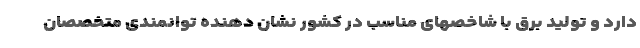
دارد و تولید برق با شاخصهای مناسب در کشور نشان دهنده توانمندی متخصصان